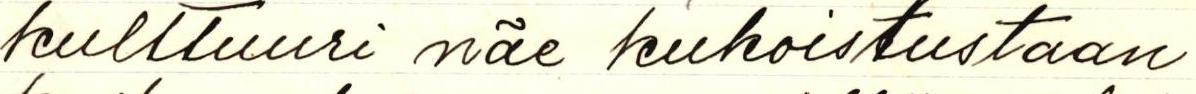
kulttuuri näe kukoistustaan